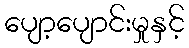
ပျော့ပျောင်းမှုနှင့်